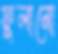
ফুলানো